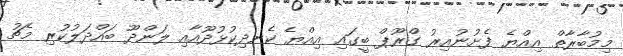
މިމުބާރާތް އިއްޔެ ފެށުނުއިރު ގްރޫޕް ބީގައި އިއްޔެ ކެނދިކުޅުދޫއާއި ލަންދޫ ބައްދަލުކުރި މެޗު